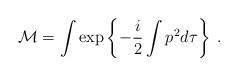
\begin{align*}{\cal M}=\int\exp\left\{-\frac{i}{2}\int p^{2}d\tau\right\} \; .\end{align*}